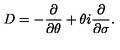
D = - \frac { \partial } { \partial \theta } + \theta i \frac { \partial } { \partial \sigma } .